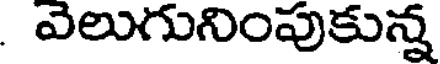
ఎలుగునింపుకున్న